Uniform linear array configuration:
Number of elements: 64
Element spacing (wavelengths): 0.75
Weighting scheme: exponential
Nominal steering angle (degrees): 60
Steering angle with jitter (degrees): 61.332
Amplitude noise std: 0.05
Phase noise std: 0.05

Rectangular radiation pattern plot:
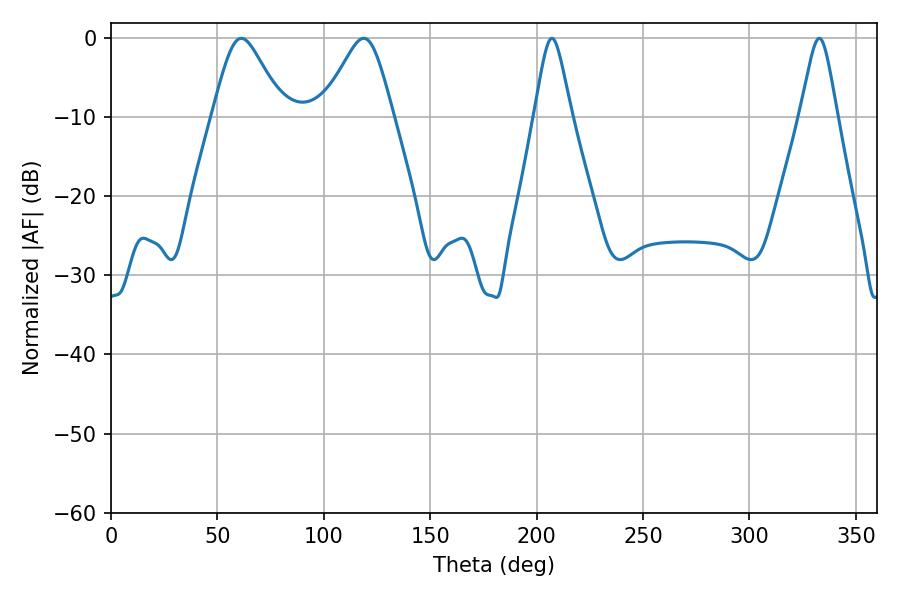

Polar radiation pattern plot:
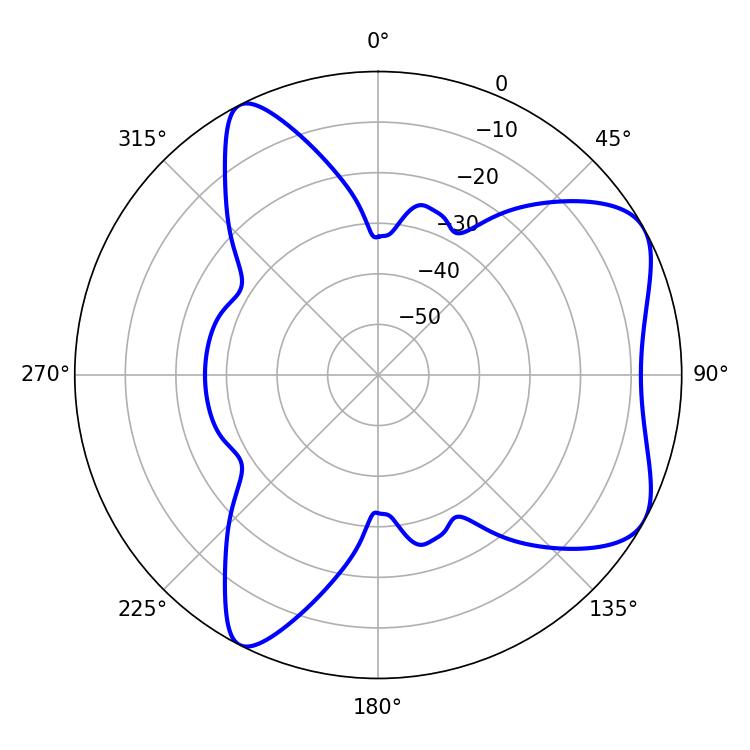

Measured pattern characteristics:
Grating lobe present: TRUE
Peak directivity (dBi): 6.376
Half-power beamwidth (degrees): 8.46
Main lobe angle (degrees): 207.18